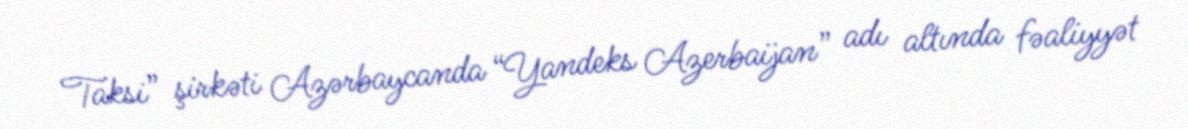
Taksi” şirkəti Azərbaycanda “Yandeks Azerbaijan” adı altında fəaliyyət